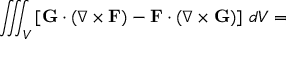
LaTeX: \iiint _ { V } \left[ \mathbf { G } \cdot \left( \nabla \times \mathbf { F } \right) - \mathbf { F } \cdot \left( \nabla \times \mathbf { G } \right) \right] \, d V =